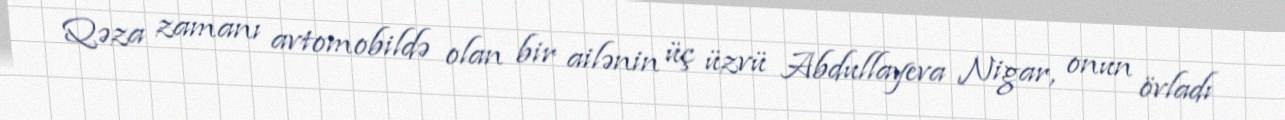
Qəza zamanı avtomobildə olan bir ailənin üç üzvü Abdullayeva Nigar, onun övladı